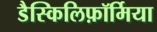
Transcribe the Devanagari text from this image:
डैस्किलिफ़ॉर्मिया